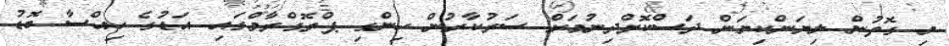
މި ގޮތުން ލިޔަންކިޔަން ދަސްކޮށްދިނުމަށް ސަރުކާރުން ހިންގި ޕްރޮގްރާމްގައި އަޑުގެ ހިއްސާ ބޮޑު